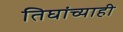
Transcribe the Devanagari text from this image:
तिघांच्याही